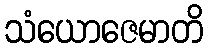
သံယောဇေမာတိ